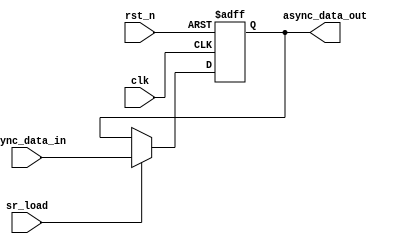
// This program was cloned from: https://github.com/intel/aib-phy-hardware
// License: Apache License 2.0

// SPDX-License-Identifier: Apache-2.0
// Copyright (C) 2019 Intel Corporation. All rights reserved
module c3aibadapt_async_update  
 #(
    parameter AWIDTH    = 1,    // Async input width
    parameter RESET_VAL = 0     // Reset value
  )
(
input  wire              clk,     
input  wire              rst_n,   
input  wire              sr_load,
input  wire [AWIDTH-1:0] async_data_in, 
output reg  [AWIDTH-1:0] async_data_out 
);

localparam reset_value = (RESET_VAL == 1) ? 1'b1 : 1'b0;

always @(negedge rst_n or posedge clk)
  if (rst_n == 1'b0)
    begin
      async_data_out[AWIDTH-1:0] <= {(AWIDTH){reset_value}};
    end
  else
    begin
      async_data_out[AWIDTH-1:0] <= sr_load ? async_data_in[AWIDTH-1:0] : async_data_out[AWIDTH-1:0];
    end


endmodule